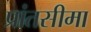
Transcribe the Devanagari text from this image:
प्रांतसीमा